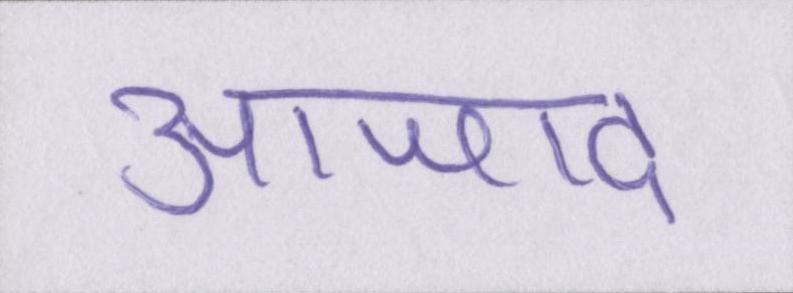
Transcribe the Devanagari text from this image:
आजाद